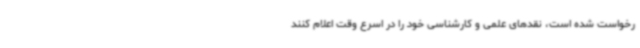
رخواست شده است، نقدهای علمی و کارشناسی خود را در اسرع وقت اعلام کنند